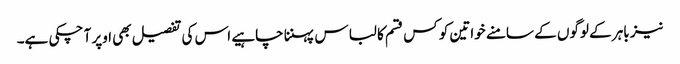
نیز باہر کے لوگوں کے سامنے خواتین کو کس قسم کا لباس پہننا چاہیے اس کی تفصیل بھی اوپر آ چکی ہے۔